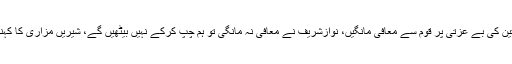
انہوں نے مطالبہ کیا کہ وزیراعظم تحریک انصاف کی خواتین کی بے عزتی پر قوم سے معافی مانگیں، نوازشریف نے معافی نہ مانگی تو ہم چپ کرکے نہیں بیٹھیں گے، شیریں مزاری کا کہنا تھا کہ مسلم لیگ نون کی ذہینت ہی خواتین کے خلاف ہے۔